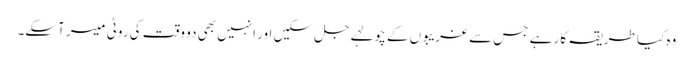
وہ کیا طریقہ کار ہے جس سے غریبوں کے چولہے جل سکیں اور انہیں بھی دو وقت کی روٹی میسر آسکے۔